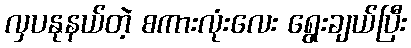
လှပနုနယ်တဲ့ စကားလုံးလေး ရွေးချယ်ပြီး